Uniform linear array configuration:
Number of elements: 12
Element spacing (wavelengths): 0.5
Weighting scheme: uniform
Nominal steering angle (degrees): -15
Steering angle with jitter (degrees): -16.496
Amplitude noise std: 0.05
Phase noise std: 0.05

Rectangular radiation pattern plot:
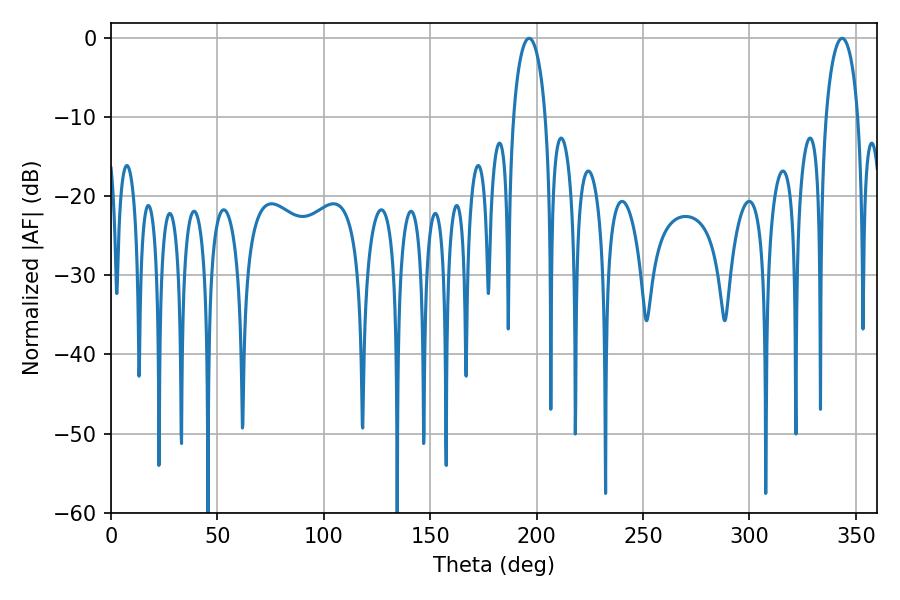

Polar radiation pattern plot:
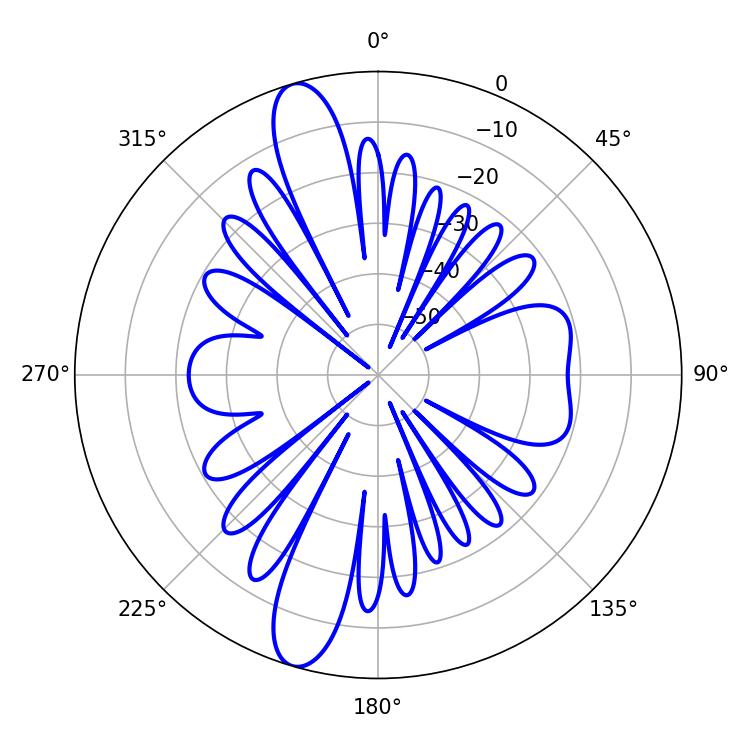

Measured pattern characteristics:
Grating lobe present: FALSE
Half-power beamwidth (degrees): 8.64
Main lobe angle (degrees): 343.62